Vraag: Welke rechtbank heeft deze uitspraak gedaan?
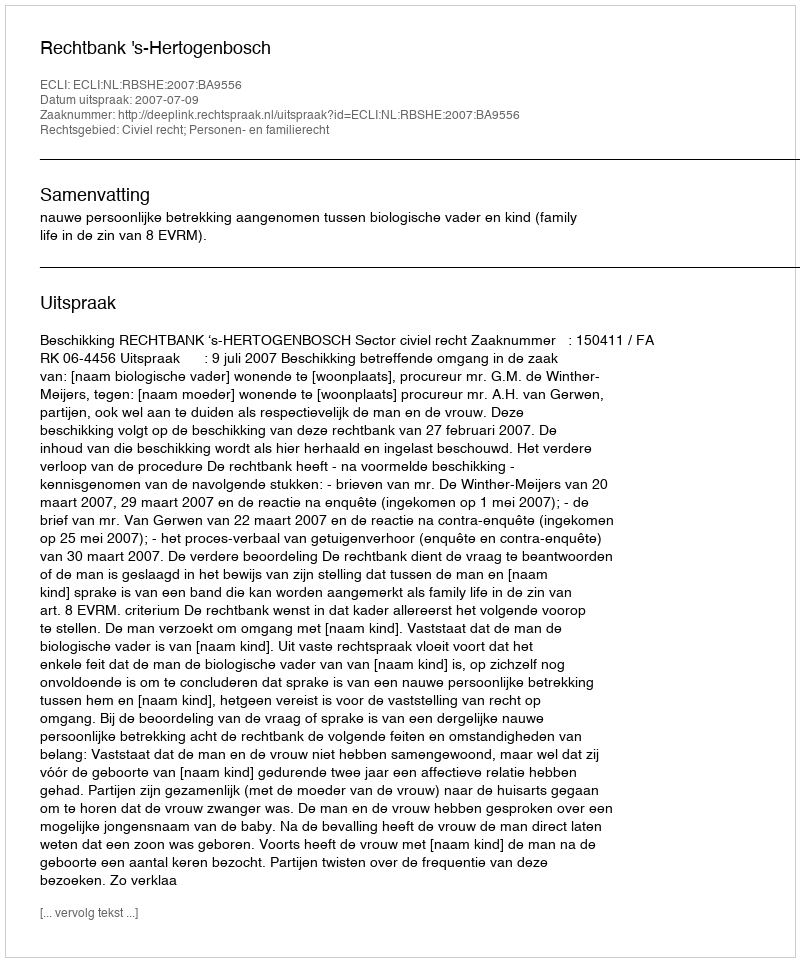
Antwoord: Rechtbank 's-Hertogenbosch